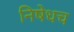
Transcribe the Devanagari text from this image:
निषेधच